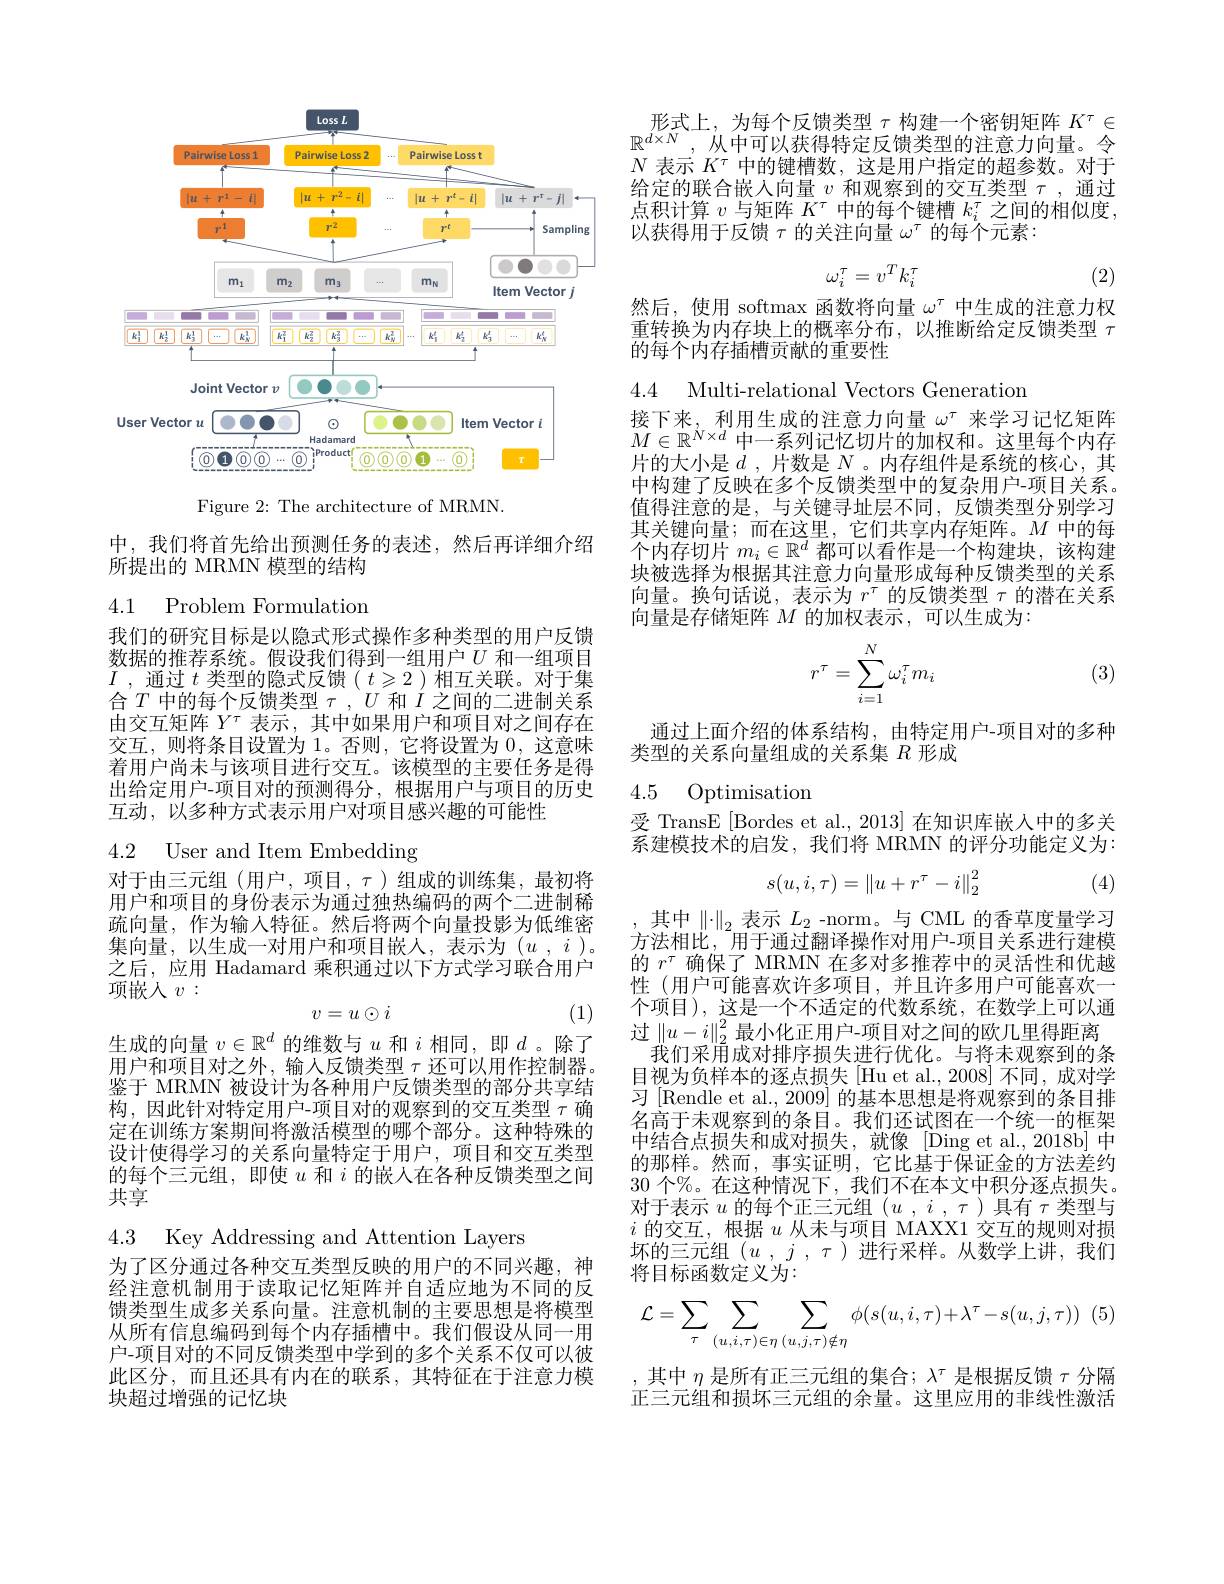
<FigureHere>

Figure 2: The architecture of MRMN.

中，我们将首先给出预测任务的表述，然后再详细介绍
所提出的 MRMN 模型的结构

4.1 Problem Formulation

我们的研究目标是以隐式形式操作多种类型的用户反馈数据的推荐系统。假设我们得到一组用户$U$和一组项目$I$ , 通过$t$类型的隐式反馈$(t\geqslant2)$相互关联。对于集合$T$中的每个反馈类型$\tau,U$和$I$之间的二进制关系由交互矩阵$Y^\tau$表示，其中如果用户和项目对之间存在交互，则将条目设置为 1。否则，它将设置为0，这意味着用户尚未与该项目进行交互。该模型的主要任务是得出给定用户-项目对的预测得分，根据用户与项目的历史互动，以多种方式表示用户对项目感兴趣的可能性

4.2 User and Item Embedding

对于由三元组(用户，项目，$\tau)组成的训练集，最初将$ 用户和项目的身份表示为通过独热编码的两个二进制稀疏向量，作为输入特征。然后将两个向量投影为低维密集向量，以生成一对用户和项目嵌人，表示为$( u$ , $i$ )。之后，应用 Hadamard 乘积通过以下方式学习联合用户项嵌人$v:$
(1)
$$v=u\odot i$$
生成的向量$v\in\mathbb{R}^d$的维数与$u$和$i$相同，即$d$。除了用户和项目对之外，输入反馈类型$\tau$还可以用作控制器。鉴于 MRMN 被设计为各种用户反馈类型的部分共享结构，因此针对特定用户-项目对的观察到的交互类型$\tau$确定在训练方案期间将激活模型的哪个部分。这种特殊的设计使得学习的关系向量特定于用户，项目和交互类型的每个三元组，即使$u$和$i$的嵌人在各种反馈类型之间共享

4.3 Key Addressing and Attention Layers

为了区分通过各种交互类型反映的用户的不同兴趣，神经注意机制用于读取记忆矩阵并自适应地为不同的反馈类型生成多关系向量。注意机制的主要思想是将模型从所有信息编码到每个内存插槽中。我们假设从同一用户-项目对的不同反馈类型中学到的多个关系不仅可以彼此区分，而且还具有内在的联系，其特征在于注意力模块超过增强的记忆块

形式上，为每个反馈类型$\tau$构建一个密钥矩阵$K^\tau\in$ $\mathbb{R}^{d\times N}$,从中可以获得特定反馈类型的注意力向量。令$N$表示$K^\tau$中的键槽数，这是用户指定的超参数。对于给定的联合嵌入向量$v$和观察到的交互类型$\tau$,通过点积计算$v$与矩阵$K^\tau$中的每个键槽$k_i^\tau$之间的相似度以获得用于反馈$\tau$的关注向量$\omega^\tau$的每个元素：
$$\omega_i^\tau=v^Tk_i^\tau $$
(2)

然后，使用 softmax 函数将向量$\omega^\tau$中生成的注意力权重转换为内存块上的概率分布，以推断给定反馈类型$\tau$ 的每个内存插槽贡献的重要性

4.4 Multi-relational Vectors Generation

接下来，利用生成的注意力向量$\omega^\tau$来学习记忆矩阵$M\in\mathbb{R}^{N\times d}$中一系列记忆切片的加权和。这里每个内存片的大小是$d$ ,片数是$N$ 。内存组件是系统的核心，其中构建了反映在多个反馈类型中的复杂用户-项目关系。值得注意的是，与关键寻址层不同，反馈类型分别学习其关键向量；而在这里，它们共享内存矩阵。$M$中的每个内存切片$m_i\in\mathbb{R}^d$都可以看作是一个构建块，该构建块被选择为根据其注意力向量形成每种反馈类型的关系向量。换句话说，表示为$r^\tau$的反馈类型$\tau$的潜在关系向量是存储矩阵$M$的加权表示，可以生成为：
$$r^\tau=\sum_{i=1}^N\omega_i^\tau m_i$$
(3)

通过上面介绍的体系结构，由特定用户-项目对的多种
类型的关系向量组成的关系集$R$形成

## 4.5 Optimisation

受 TransE [Bordes et al., 2013] 在知识库嵌入中的多关系建模技术的启发，我们将 MRMN 的评分功能定义为：
$$s(u,i,\tau)=\left\|u+r^\tau-i\right\|_2^2$$
(4)

,其中$\left\|\cdot\right\|_2$表示$L_2$-norm。与 CML 的香草度量学习方法相比，用于通过翻译操作对用户-项目关系进行建模的$r^\tau$确保了 MRMN 在多对多推荐中的灵活性和优越性(用户可能喜欢许多项目，并且许多用户可能喜欢一个项目),这是一个不适定的代数系统，在数学上可以通过$\left\|u-i\right\|_2^2$最小化正用户-项目对之间的欧几里得距离
我们采用成对排序损失进行优化。与将未观察到的条目视为负样本的逐点损失[Hu et al.,2008] 不同，成对学习 [Rendle et al., 2009] 的基本思想是将观察到的条目排名高于未观察到的条目。我们还试图在一个统一的框架中结合点损失和成对损失，就像[Ding et al.,2018b]中的那样。然而，事实证明，它比基于保证金的方法差约30个%。在这种情况下，我们不在本文中积分逐点损失。对于表示$u$的每个正三元组$(u,i,\tau)$具有$\tau$类型与$i$的交互，根据$u$从未与项目 MAXX1 交互的规则对损坏的三元组($u$ , $j$ , $\tau$ )进行采样。从数学上讲，我们将目标函数定义为：
$$\mathcal{L}=\sum_{\tau}\sum_{(u,i,\tau)\in\eta}\sum_{(u,j,\tau)\notin\eta}\phi(s(u,i,\tau)+\lambda^{\tau}-s(u,j,\tau))$$
,其中$\eta$是所有正三元组的集合$;\lambda^\tau$是根据反馈$\tau$分隔正三元组和损坏三元组的余量。这里应用的非线性激活